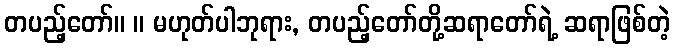
တပည့်တော်။ ။ မဟုတ်ပါဘုရား, တပည့်တော်တို့ဆရာတော်ရဲ့ ဆရာဖြစ်တဲ့